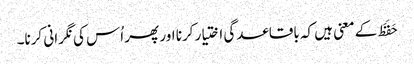
حَفَظَ کے معنی ہیں کہ باقاعدگی اختیار کرنا اور پھر اُس کی نگرانی کرنا۔